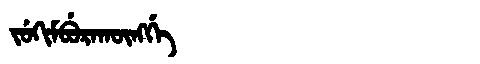
Manchu: ᠵᡠᡴᡳᠮᠪᡠᡵᠠᡴᡡᠩᡤᡝ
Romanization: JUKIMBURAKŪNGGE